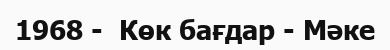
1968 -  Көк бағдар - Мәке